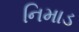
નિમાડ